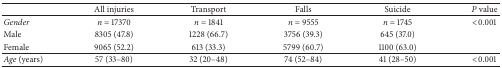
<table><thead><tr><td><b> </b></td><td><b>All injuries</b></td><td><b>Transport</b></td><td><b>Falls</b></td><td><b>Suicide</b></td><td><b><i>P</i> value</b></td></tr></thead><tbody><tr><td><i>Gender </i></td><td><i>n</i> = 17370</td><td><i>n</i> = 1841</td><td><i>n</i> = 9555</td><td><i>n</i> = 1745</td><td>&lt;0.001</td></tr><tr><td>Male</td><td>8305 (47.8)</td><td>1228 (66.7)</td><td>3756 (39.3)</td><td>645 (37.0)</td><td> </td></tr><tr><td>Female</td><td>9065 (52.2)</td><td>613 (33.3)</td><td>5799 (60.7)</td><td>1100 (63.0)</td><td> </td></tr><tr><td><i>Age</i> (years)</td><td>57 (33–80)</td><td>32 (20–48)</td><td>74 (52–84)</td><td>41 (28–50)</td><td>&lt;0.001</td></tr></tbody></table>